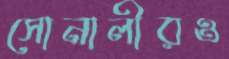
সোনালীরও